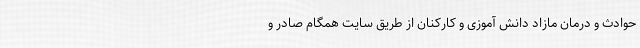
حوادث و درمان مازاد دانش آموزی و کارکنان از طریق سایت همگام صادر و